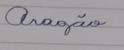
Signature authenticity: genuine